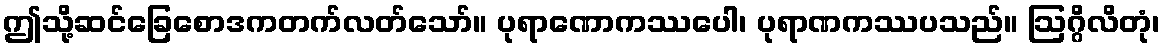
ဤသို့ဆင်ခြေစောဒကတက်လတ်သော်။ ပုရာဏောကဿပေါ၊ ပုရာဏကဿပသည်။ ဩဂ္ဂိလိတုံ၊